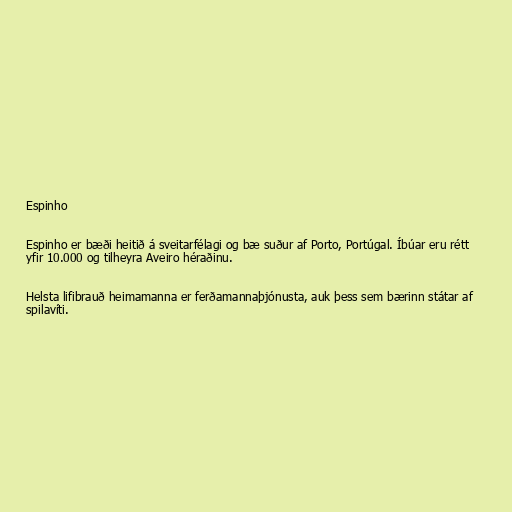
Espinho

Espinho er bæði heitið á sveitarfélagi og bæ suður af Porto, Portúgal. Íbúar eru rétt
yfir 10.000 og tilheyra Aveiro héraðinu.

Helsta lifibrauð heimamanna er ferðamannaþjónusta, auk þess sem bærinn státar af
spilavíti.